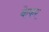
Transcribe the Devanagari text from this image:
केफर